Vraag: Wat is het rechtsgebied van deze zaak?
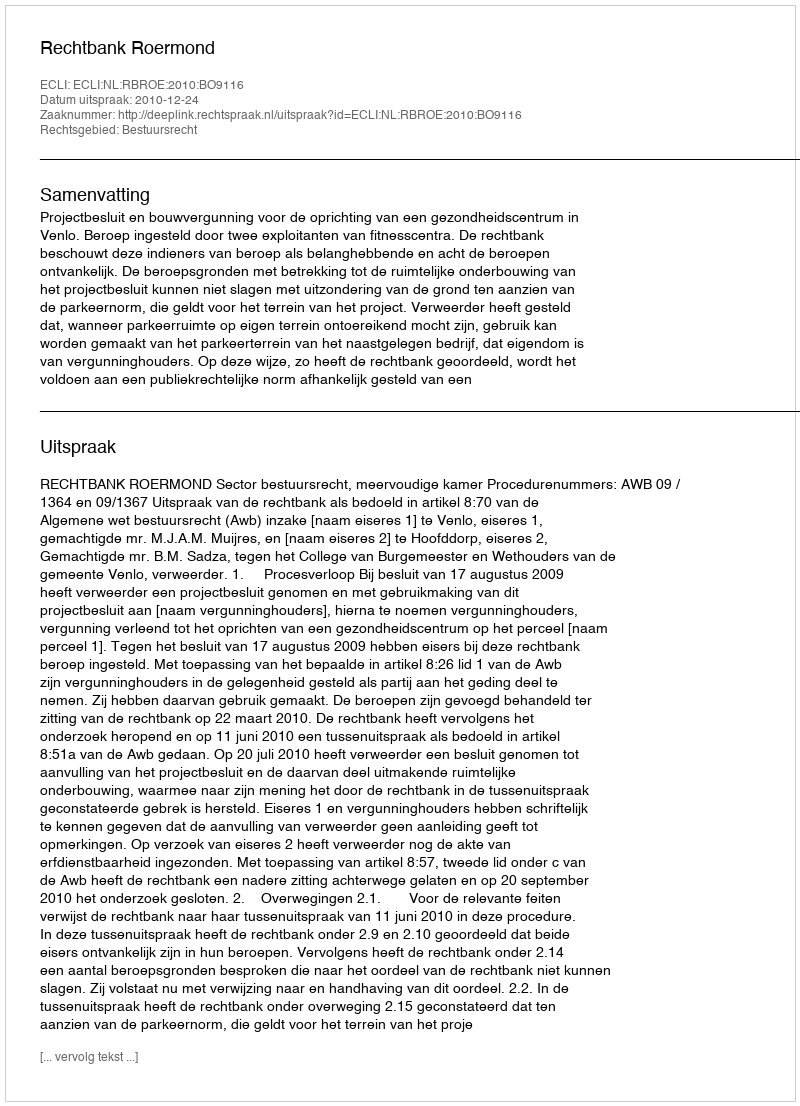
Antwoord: Bestuursrecht